Annual report of the Civil Veterinary Department, Bengal, for the year 1897-98 - 1897-1898
Year: 1897
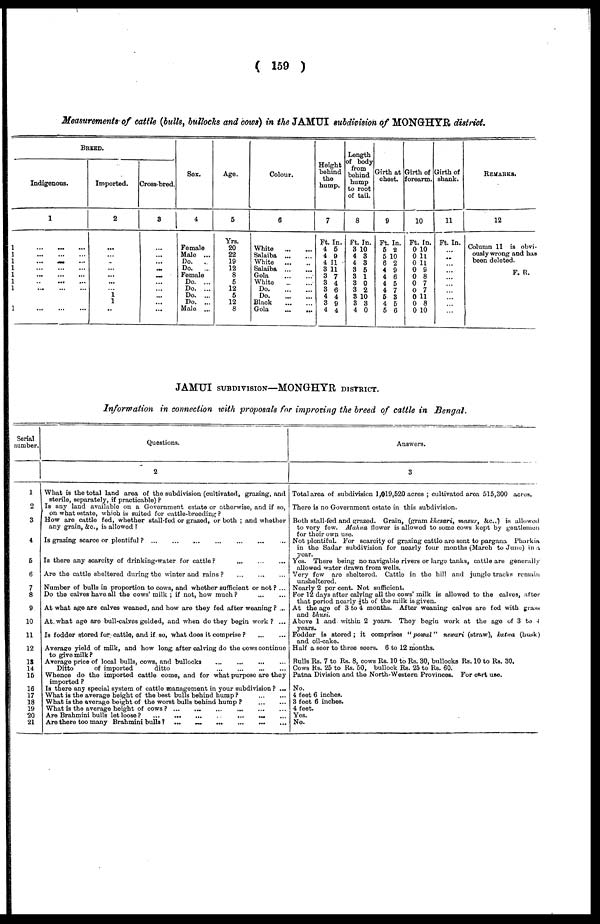
( 159 )
Measurements of cattle (bulls, bullocks and cows) in the JAMUI subdivision of MONGHYR district.
1
1
1
1
1
1
1
1
BREED.
Indigenous.
1
... ... ...
...
... ...
... ... ...
... ... ...
... ... ... ... ... ... ...
... ... ...
... ... ...
... ... ...
Imported.
2
...
...
...
...
...
...
...
1
1
..
Cross-bred.
3
...
...
....
...
...
...
...
...
...
...
Sox.
4
Female
Male ...
Do. ...
Do.
...
Female
Do. ...
Do. ...
Do. ...
Do. ...
Male ...
Age.
5
Yrs.
20
22
19
12
8
5
12
5
12
8
Colour.
6
White
Salaiba
...
...
White
Salaiha
...
...
Gola
...
...
White
...
...
Do
Do
Black
...
...
Gola
...
...
Height
behind
the
hump.
7
Ft. In.
4 5
4 9
4 11
3 11
3 7
3 4
3 6
4 4
3 9
4 4
Length
of body
from
behind
hump
to root
of tail.
8
Ft. In.
3 10
4 8
4 3
3 6
3 1
3 0
3 2
3 10
3 3
4 0
Girth at
chest.
9
Ft. In.
5 2
5 10
6 2
4 9
4 6
4 5
4 7
6 3
4 5
5 6
Girth of
forearm.
10
Ft. In.
0 10
0 11
0 11
0 9
0 8
0 7
0 7
0 11
0 8
0 10
Girth of
shank.
11
Ft. In.
...
....
...
...
...
...
...
...
...
...
REMARKS.
12
Column 11 is obvi-
ously wrong and has
been deleted.
F. R.
JAMUI SUBDIVISION—MONGHYR DISTRICT.
Information in connection with proposals for improving the breed of cattle in Bengal.
Serial
number.
1
2
3
4
5
6
7
8
9
10
11
12
13
14
16
16
17
18
19
20
21
Questions.
2
What is the total land area of the subdivision (cultivated, grazing, and
sterile, separately, if practicable) ?
Is any land available on a Government estate or otherwise, and if so,
on what estate, which is suited for cattle-breeding ?
How are cattle fed, whether stall-fed or grassed, or both ; and whether
any grain, &c., is allowed ?
Is grazing scarce or plentiful? ... ... ... ... ... ... ... ...
Is there any scarcity of drinking-water for cattle?
...
...
...
...
Are the cattle sheltered during the winter and rains ?
...
...
...
Number of bulls in proportion to cows, and whether sufficient or not ? ...
Do the calves have all the cows' milk ; if not, how much? ... ...
At what age are calves weaned, and how are they fed after weaning? ...
At what age are bull-calves golded, and when do they begin work? ...
Is fodder stored for cattle, and if so, what does it comprise ?
...
...
Average yield of milk, and how long after calving do the cows continue
to give milk ?
Average price of local bulls, cows, and bullocks
Ditto
of imported
ditto
Whence do the imported cattle come, and for what purpose are they
imported ?
Is there any special system of cattle management in your subdivision ? ...
What is the average height of the best bulls behind hump ?
...
...
What is the average height of the worst bulls behind hump
?
...
...
What is the average height of cows ? ...
...
...
...
...
Are Brahmini bulls let loose?
...
...
...
...
...
...
Are there too many Brahmini bulls ? ...
...
...
...
...
Answers.
3
Total area of subdivision 1,019,520 acres ; cultivated area 515, 300 acres.
There is no Government estate in this subdivision.
Both stall-fed and grazed. Grain, (gram khesari, masur, & c.,) is allowed
to very few. Mahua flower is allowod to some cows kept by gentlemen
for their own use.
Not plentiful. For scarcity of grazing cattle are sent to pargana Pharkia
in the Sadar subdivision for nearly four months (March to June) in a
year.
Yes. There being no navigable rivers or largo tanks, cattle are generally
allowed water drawn from wells.
Very few are sheltered. Cattle in the hill and jungle tracks remain
unsheltered.
Nearly 2 per cent. Not sufficient.
For 12 days after calying all the cows' milk is allowod to the calves, after
that period nearly ¼th of the milk is given.
At the age of 3 to 4 months. After weaning calves are fed with grass
and bhusi.
Above 1 and within 2 years. They begin work at the age of 3 to 4
Foddor is stored; it comprises "powal" newari (straw), kalwa (husk)
and oil-cake.
Half a seer to three seers. 6 to 12 months.
Bulls Rs. 7 to Rs. 8, cows Rs. 10 to Rs. 30, bullocks Rs. 10 to Rs. 30.
Cows Rs. 25 to Rs. 50, bullock Rs. 25 to Rs. 60.
Patna Division and the North-Western Provinces. For cart use.
No.
4 feet 6 inches.
3 foot 6 inches.
4 feet.
Yes.
No.